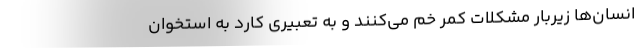
انسان‌ها زیربار مشکلات کمر خم می‌کنند و به تعبیری کارد به استخوان